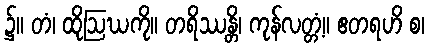
၌။ တံ၊ ထိုဩဃကို။ တရိဿန္တိ၊ ကုန်လတ္တံ့။ ဧတရဟိ စ၊